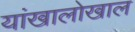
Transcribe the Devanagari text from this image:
यांखालोखाल